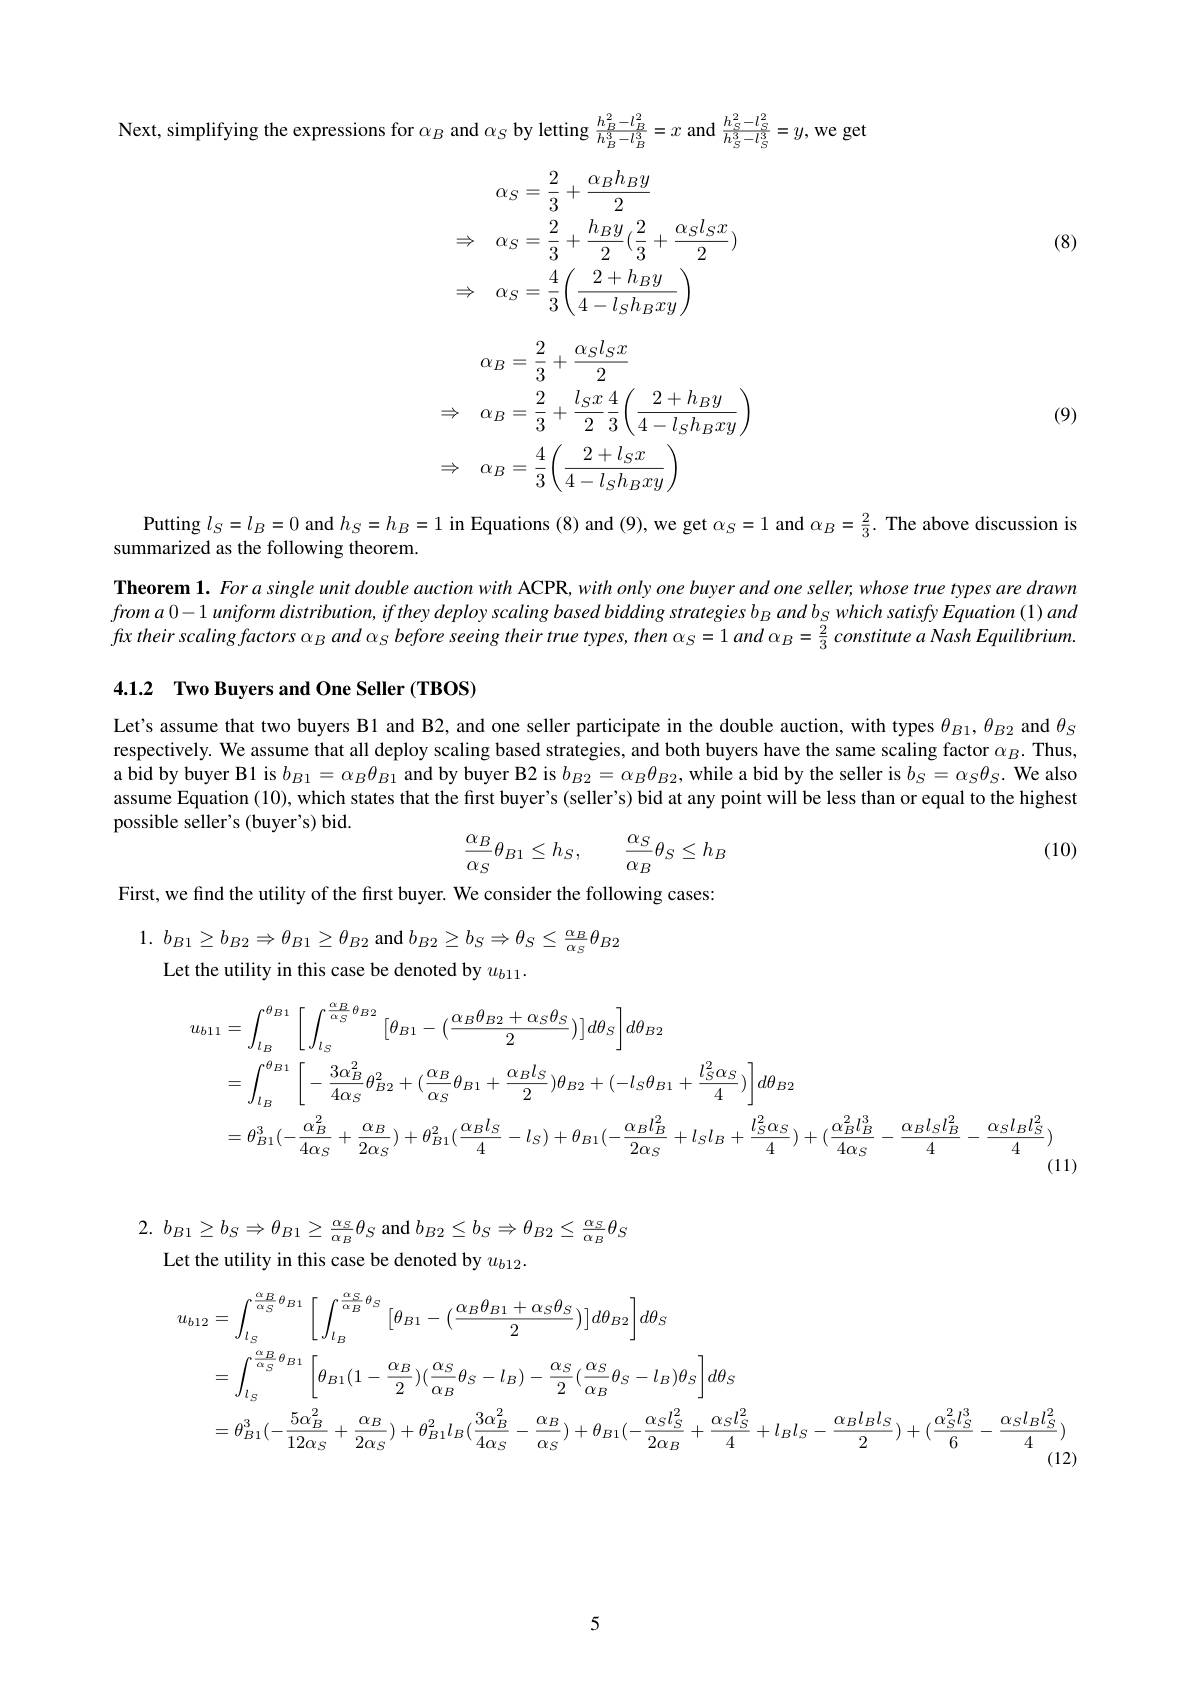
Next, simplifying the expressions for $\alpha_B$ and $\alpha_S$ by letting $\frac{h_B^2-l_B^2}{h_B^3-l_B^3}=x$ and $\frac{h_S^2-l_S^2}{h_S^3-l_S^3}=y$, we ge

(8)
$$\begin{aligned}&\alpha_{S}=\frac{2}{3}+\frac{\alpha_{B}h_{B}y}{2}\\&\Rightarrow\quad\alpha_{S}=\frac{2}{3}+\frac{h_{B}y}{2}(\frac{2}{3}+\frac{\alpha_{S}l_{S}x}{2})\\&\Rightarrow\quad\alpha_{S}=\frac{4}{3}\biggl(\frac{2+h_{B}y}{4-l_{S}h_{B}xy}\biggr)\end{aligned}$$
$$\begin{aligned}&\alpha_{B}=\frac{2}{3}+\frac{\alpha_{S}l_{S}x}{2}\\\Rightarrow\quad\alpha_{B}=\frac{2}{3}+\frac{l_{S}x}{2}\frac{4}{3}\biggl(\frac{2+h_{B}y}{4-l_{S}h_{B}xy}\biggr)\\\Rightarrow\quad\alpha_{B}=\frac{4}{3}\biggl(\frac{2+l_{S}x}{4-l_{S}h_{B}xy}\biggr)\end{aligned}$$
(9)

Putting $l_{S}= l_{B}= 0$ and $h_{S}=h_{B}=1$ in Equations (8) and (9), we get $\alpha_{S}=1$ and $\alpha_{B}=\frac{2}{3}.$ The above discussion is
summarized as the following theorem.
Theorem $1.Forasingleunit$ double auction with ACPR, with only one buyer and one seller, whose true types are drawm $froma0-1\textit{uniform distribution, if they deploy scaling based bidding strategies b}_{B}$ and b$_Swhich$ satisfy Equation (1) and fux their scaling factors $\alpha _{B}$ and $\alpha _{S}$ before seeing their true $types$, then $\alpha _{S}= 1$ and $\alpha _{B}= \frac 23$ constitute $a$ Nash $Equilibrium.$

4.1.2 Two Buyers and One Seller (TBOS)

Let's assume that two buyers Bl and B2, and one seller participate in the double auction, with types $\theta_{B1},\theta_{B2}$ and $\theta_S$ respectively. We assume that all deploy scaling based strategies, and both buyers have the same scaling factor $\alpha_B.$ Thus, a bid by buyer B1 is $b_B1=\alpha_B\theta_{B1}$ and by buyer B2 is $b_B2=\alpha_B\theta_{B2}$, while a bid by the seller is $b_S=\alpha_S\theta_S.$ We also assume Equation (10), which states that the first buyer's (seller's) bid at any point will be less than or equal to the highest possible seller's (buyer's) bid.

(10)
$$\begin{aligned}\frac{\alpha_B}{\alpha_S}\theta_{B1}\leq h_S,\quad\frac{\alpha_S}{\alpha_B}\theta_S\leq h_B\end{aligned}$$
First, we find the utility of the first buyer. We consider the following cases:

1. $b_{B1}\geq b_{B2}\Rightarrow \theta _{B1}\geq \theta _{B2}$ and $b_B2\geq b_S\Rightarrow\theta_S\leq\frac{\alpha_B}{\alpha_S}\theta_{B2}$
Let the utility in this case be denoted by $u_{b11}.$
$$\begin{aligned}u_{b11}&=\int_{l_{B}}^{\theta_{B1}}\left[\int_{l_{S}}^{\frac{\alpha_{B}}{\alpha_{S}}\theta_{B2}}\left[\theta_{B1}-(\frac{\alpha_{B}\theta_{B2}+\alpha_{S}\theta_{S}}{2})\right]d\theta_{S}\right]d\theta_{B2}\\&=\int_{l_{B}}^{\theta_{B1}}\left[-\frac{3\alpha_{B}^{2}}{4\alpha_{S}}\theta_{B2}^{2}+(\frac{\alpha_{B}}{\alpha_{S}}\theta_{B1}+\frac{\alpha_{B}l_{S}}{2})\theta_{B2}+(-l_{S}\theta_{B1}+\frac{l_{S}^{2}\alpha_{S}}{4})\right]d\theta_{B2}\\&=\theta_{B1}^{3}(-\frac{\alpha_{B}^{2}}{4\alpha_{S}}+\frac{\alpha_{B}}{2\alpha_{S}})+\theta_{B1}^{2}(\frac{\alpha_{B}l_{S}}{4}-l_{S})+\theta_{B1}(-\frac{\alpha_{B}l_{B}^{2}}{2\alpha_{S}}+l_{S}l_{B}+\frac{l_{S}^{2}\alpha_{S}}{4})+(\frac{\alpha_{B}^{2}l_{B}^{3}}{4\alpha_{S}}-\frac{\alpha_{B}l_{S}l_{B}^{2}}{4}-\frac{\alpha_{S}l_{S}l_{S}^{2}}{4})\end{aligned}$$
2. $b_{B1}\geq b_{S}\Rightarrow \theta _{B1}\geq \frac {\alpha _{S}}{\alpha _{B}}\theta _{S}$ and $b_{B2}\leq b_{S}\Rightarrow\theta_{B2}\leq\frac{\alpha_{S}}{\alpha_{B}}\theta_{S}$
Let the utility in this case be denoted by $u_{b12}.$
$$\begin{aligned}u_{b12}&=\int_{l_{S}}^{\frac{\alpha_{B}}{\alpha_{S}}\theta_{B1}}\left[\int_{l_{B}}^{\frac{\alpha_{S}}{\alpha_{B}}\theta_{S}}\left[\theta_{B1}-(\frac{\alpha_{B}\theta_{B1}+\alpha_{S}\theta_{S}}{2})\right]d\theta_{B2}\right]d\theta_{S}\\&=\int_{l_{S}}^{\frac{\alpha_{B}}{\alpha_{S}}\theta_{B1}}\left[\theta_{B1}(1-\frac{\alpha_{B}}{2})(\frac{\alpha_{S}}{\alpha_{B}}\theta_{S}-l_{B})-\frac{\alpha_{S}}{2}(\frac{\alpha_{S}}{\alpha_{B}}\theta_{S}-l_{B})\theta_{S}\right]d\theta_{S}\\&=\theta_{B1}^{3}(-\frac{5\alpha_{B}^{2}}{12\alpha_{S}}+\frac{\alpha_{B}}{2\alpha_{S}})+\theta_{B1}^{2}l_{B}(\frac{3\alpha_{B}^{2}}{4\alpha_{S}}-\frac{\alpha_{B}}{\alpha_{S}})+\theta_{B1}(-\frac{\alpha_{S}l_{S}^{2}}{2\alpha_{B}}+\frac{\alpha_{S}l_{S}^{2}}{4}+l_{B}l_{S}-\frac{\alpha_{B}l_{B}l_{S}}{2})+(\frac{\alpha_{S}^{2}l_{S}^{3}}{6}-\frac{\alpha_{S}l_{B}l_{S}^{2}}{4})\end{aligned}$$
5